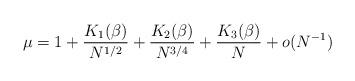
LaTeX: \begin{align*} \mu = 1 + \frac{K_1(\beta)}{N^{1/2}} + \frac{K_2(\beta)}{N^{3/4}} + \frac{K_3(\beta)}{N} +o(N^{-1}) \end{align*}